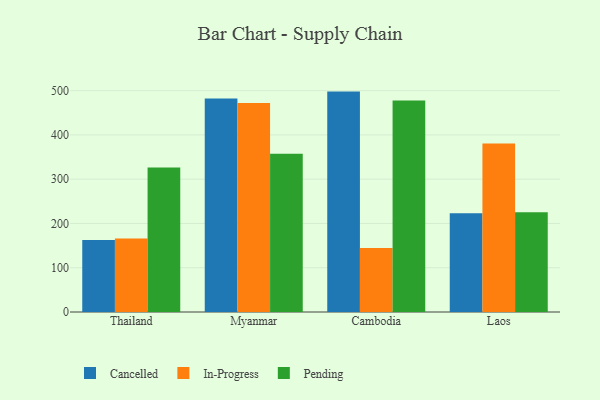
{"axis": {"x": "Country", "y": "Temperature (°C)"}, "legend": ["Cancelled", "In-Progress", "Pending"], "data": [{"x": "Thailand", "y": 162.9, "type": "Cancelled"}, {"x": "Thailand", "y": 165.9, "type": "In-Progress"}, {"x": "Thailand", "y": 326.3, "type": "Pending"}, {"x": "Myanmar", "y": 482.0, "type": "Cancelled"}, {"x": "Myanmar", "y": 472.0, "type": "In-Progress"}, {"x": "Myanmar", "y": 357.4, "type": "Pending"}, {"x": "Cambodia", "y": 497.8, "type": "Cancelled"}, {"x": "Cambodia", "y": 144.8, "type": "In-Progress"}, {"x": "Cambodia", "y": 477.5, "type": "Pending"}, {"x": "Laos", "y": 222.8, "type": "Cancelled"}, {"x": "Laos", "y": 380.5, "type": "In-Progress"}, {"x": "Laos", "y": 225.4, "type": "Pending"}]}